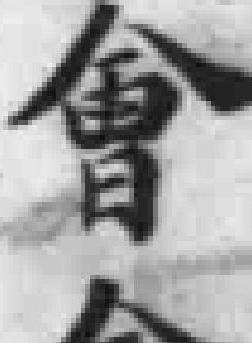
會